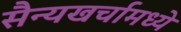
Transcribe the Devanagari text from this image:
सैन्यखर्चामध्ये